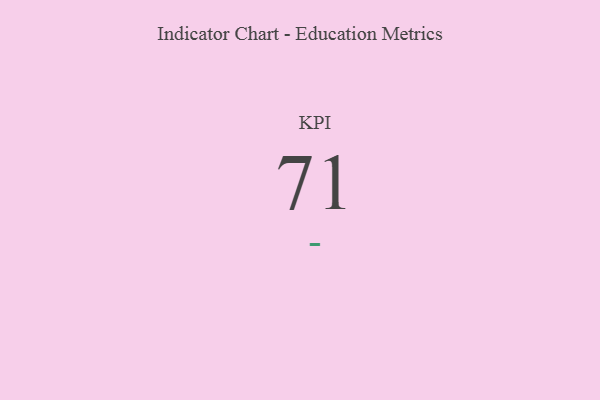
{"axis": {"x": "KPI", "y": "Value"}, "legend": [""], "data": [{"x": "KPI", "y": 71, "type": ""}]}